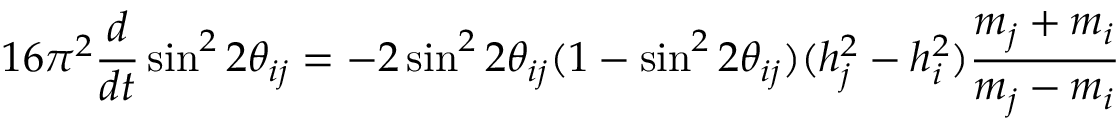
1 6 \pi ^ { 2 } \frac { d } { d t } \sin ^ { 2 } 2 \theta _ { i j } = - 2 \sin ^ { 2 } 2 \theta _ { i j } ( 1 - \sin ^ { 2 } 2 \theta _ { i j } ) ( h _ { j } ^ { 2 } - h _ { i } ^ { 2 } ) \frac { m _ { j } + m _ { i } } { m _ { j } - m _ { i } }